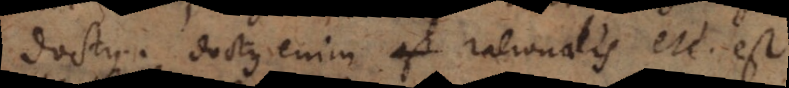
doctus. Doctus enim, rationalis etc. est